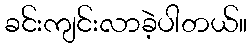
ခင်းကျင်းလာခဲ့ပါတယ်။